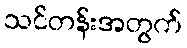
သင်တန်းအတွက်